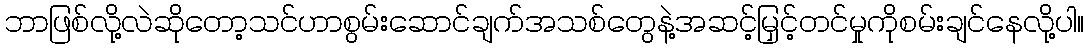
ဘာဖြစ်လို့လဲဆိုတော့သင်ဟာစွမ်းဆောင်ချက်အသစ်တွေနဲ့အဆင့်မြှင့်တင်မှုကိုစမ်းချင်နေလို့ပါ။